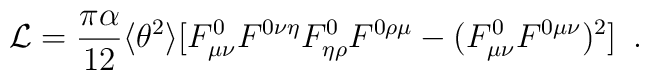
{\cal L} = \frac{\pi\alpha}{12} \langle \theta^2 \rangle [ F^0_{\mu\nu} F^{0\nu\eta} F^0_{\eta\rho} F^{0\rho\mu}- (F^0_{\mu\nu} F^{0\mu\nu})^2]  \,\,\, .